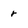
Character: r